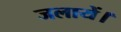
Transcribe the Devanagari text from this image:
जलायें।